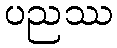
ပညဿ